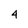
Character: 4